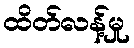
ထိတ်လန့်မှု